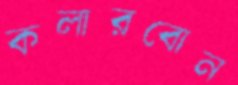
কলারবোন